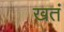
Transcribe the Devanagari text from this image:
खतं